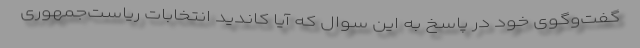
گفت‌و‌گوی خود در پاسخ به این سوال که آیا کاندید انتخابات ریاست‌جمهوری